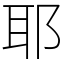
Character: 耶